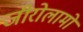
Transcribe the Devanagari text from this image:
जीरोलामो